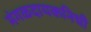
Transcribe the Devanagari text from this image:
मंगळदायकनिधी